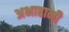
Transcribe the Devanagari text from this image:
अभाहानी